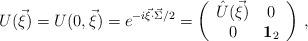
LaTeX: \begin{align*}U(\vec{\xi})=U(0,\vec{\xi})=e^{-i\vec{\xi}\cdot \vec{\Sigma}/2}=\left(\begin{array}{cc}\hat U(\vec{\xi})&0\\0&{\bf 1}_{2}\end{array}\right)\,,\end{align*}